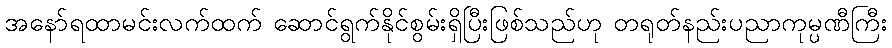
အနော်ရထာမင်းလက်ထက် ဆောင်ရွက်နိုင်စွမ်းရှိပြီးဖြစ်သည်ဟု တရုတ်နည်းပညာကုမ္ပဏီကြီး